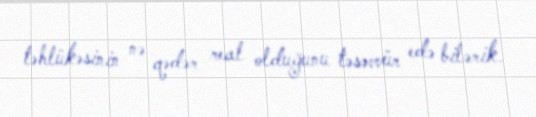
təhlükəsinin nə qədər real olduğunu təsəvvür edə bilərik.